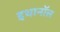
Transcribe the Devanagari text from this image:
इथानॉल